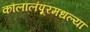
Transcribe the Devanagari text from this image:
कौलालंपूरमधल्या